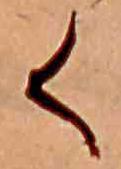
く